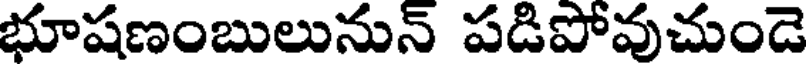
భూషణంబులునున్ పడిపోవుచుండె